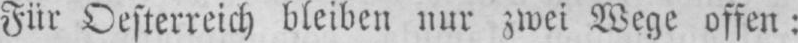
Für Oesterreich bleiben mir zwei Wege offen: